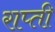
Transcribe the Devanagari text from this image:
राप्‍ती